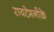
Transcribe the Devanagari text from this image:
रायटेमनीके